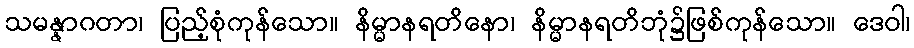
သမန္နာဂတာ၊ ပြည့်စုံကုန်သော။ နိမ္မာနရတိနော၊ နိမ္မာနရတိဘုံ၌ဖြစ်ကုန်သော။ ဒေဝါ၊